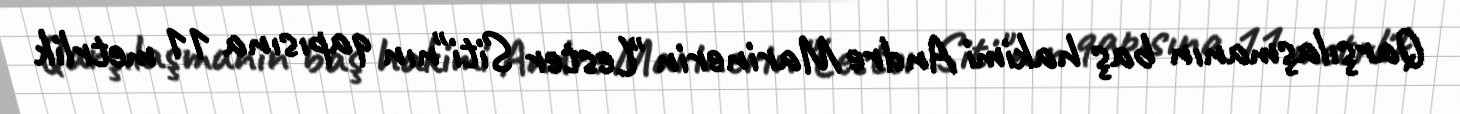
Qarşılaşmanın baş hakimi Andre Marinerin "Lester Siti"nın qapısına 11 metrlik